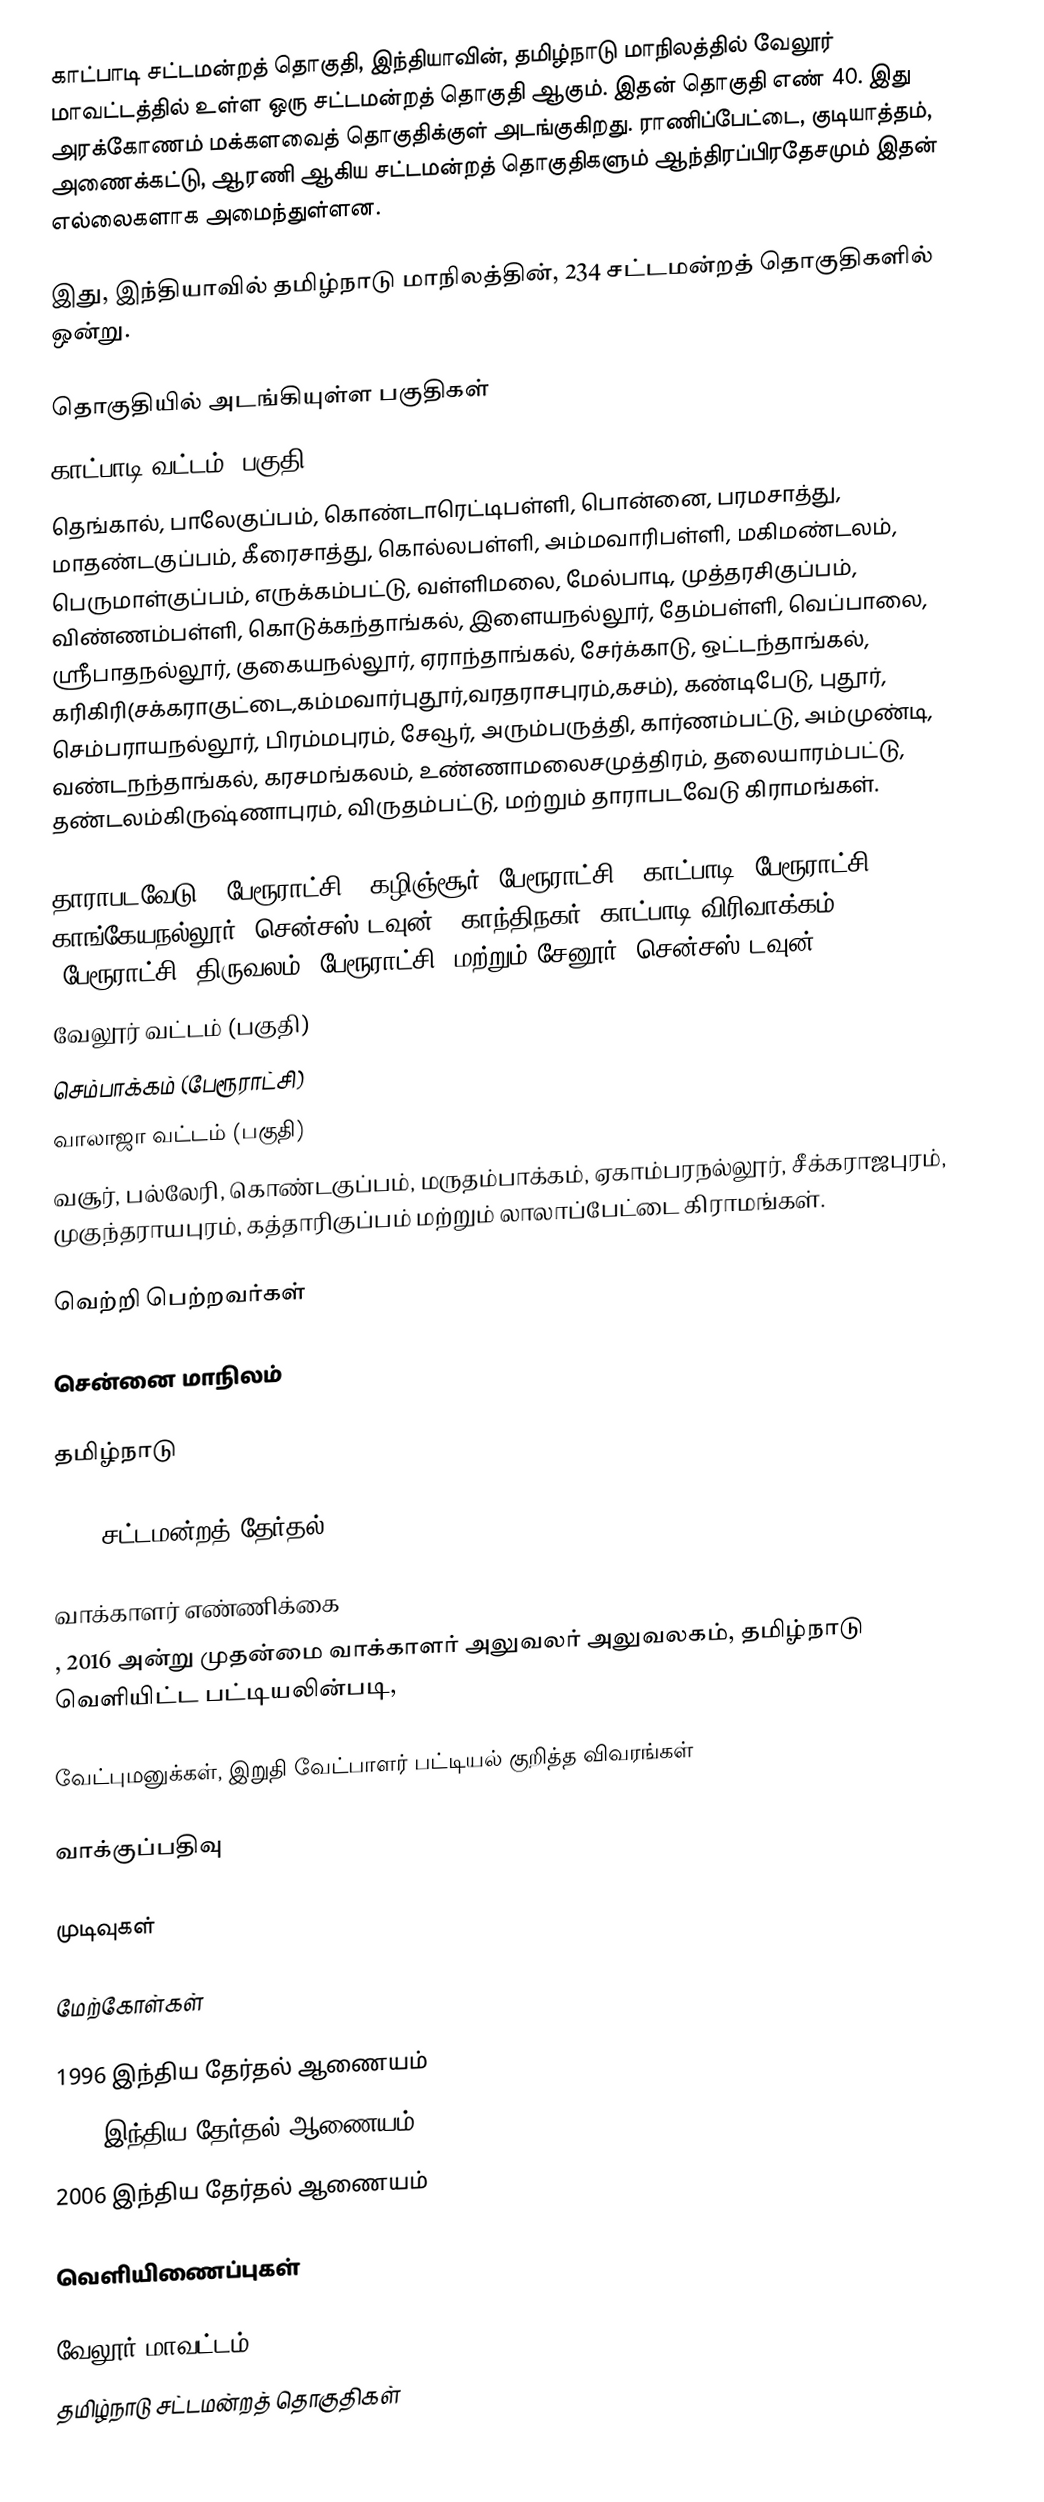
காட்பாடி சட்டமன்றத் தொகுதி, இந்தியாவின், தமிழ்நாடு மாநிலத்தில்  வேலூர் மாவட்டத்தில் உள்ள ஒரு சட்டமன்றத் தொகுதி ஆகும். இதன் தொகுதி எண் 40. இது அரக்கோணம் மக்களவைத் தொகுதிக்குள் அடங்குகிறது. ராணிப்பேட்டை, குடியாத்தம், அணைக்கட்டு, ஆரணி ஆகிய சட்டமன்றத் தொகுதிகளும் ஆந்திரப்பிரதேசமும் இதன் எல்லைகளாக அமைந்துள்ளன.

இது, இந்தியாவில் தமிழ்நாடு மாநிலத்தின், 234 சட்டமன்றத் தொகுதிகளில் ஒன்று.

தொகுதியில் அடங்கியுள்ள பகுதிகள்
காட்பாடி வட்டம் (பகுதி):
தெங்கால், பாலேகுப்பம், கொண்டாரெட்டிபள்ளி, பொன்னை, பரமசாத்து, மாதண்டகுப்பம், கீரைசாத்து, கொல்லபள்ளி, அம்மவாரிபள்ளி, மகிமண்டலம், பெருமாள்குப்பம், எருக்கம்பட்டு, வள்ளிமலை, மேல்பாடி, முத்தரசிகுப்பம், விண்ணம்பள்ளி, கொடுக்கந்தாங்கல், இளையநல்லூர், தேம்பள்ளி, வெப்பாலை, ஸ்ரீபாதநல்லூர், குகையநல்லூர், ஏராந்தாங்கல், சேர்க்காடு, ஒட்டந்தாங்கல், கரிகிரி(சக்கராகுட்டை,கம்மவார்புதூர்,வரதராசபுரம்,கசம்), கண்டிபேடு, புதூர், செம்பராயநல்லூர், பிரம்மபுரம், சேவூர், அரும்பருத்தி, கார்ணம்பட்டு, அம்முண்டி, வண்டநந்தாங்கல், கரசமங்கலம், உண்ணாமலைசமுத்திரம், தலையாரம்பட்டு, தண்டலம்கிருஷ்ணாபுரம், விருதம்பட்டு, மற்றும் தாராபடவேடு கிராமங்கள்.

தாராபடவேடு, (பேரூராட்சி), கழிஞ்சூர் (பேரூராட்சி), காட்பாடி (பேரூராட்சி), காங்கேயநல்லூர் (சென்சஸ் டவுன்), காந்திநகர் (காட்பாடி விரிவாக்கம்) (பேரூராட்சி) திருவலம் (பேரூராட்சி) மற்றும் சேனூர் (சென்சஸ் டவுன்),
வேலூர் வட்டம் (பகுதி)
செம்பாக்கம் (பேரூராட்சி)
வாலாஜா வட்டம்  (பகுதி)
வசூர், பல்லேரி, கொண்டகுப்பம், மருதம்பாக்கம், ஏகாம்பரநல்லூர், சீக்கராஜபுரம், முகுந்தராயபுரம், கத்தாரிகுப்பம் மற்றும் லாலாப்பேட்டை கிராமங்கள்.

வெற்றி பெற்றவர்கள்

சென்னை மாநிலம்

தமிழ்நாடு

2016 சட்டமன்றத் தேர்தல்

வாக்காளர் எண்ணிக்கை
, 2016 அன்று முதன்மை வாக்காளர் அலுவலர் அலுவலகம், தமிழ்நாடு வெளியிட்ட பட்டியலின்படி,

வேட்புமனுக்கள், இறுதி வேட்பாளர் பட்டியல் குறித்த விவரங்கள்

வாக்குப்பதிவு

முடிவுகள்

மேற்கோள்கள்

1996 இந்திய தேர்தல் ஆணையம்
2001 இந்திய தேர்தல் ஆணையம்
2006 இந்திய தேர்தல் ஆணையம்

வெளியிணைப்புகள்

வேலூர் மாவட்டம்
தமிழ்நாடு சட்டமன்றத் தொகுதிகள்